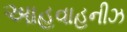
આહવાહનીઝ